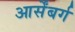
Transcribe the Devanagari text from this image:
आर्सेंबर्ग